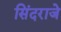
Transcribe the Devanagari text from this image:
सिंदराजे